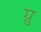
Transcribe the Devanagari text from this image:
ग्नु